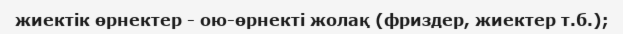
жиектік өрнектер - ою-өрнекті жолақ (фриздер, жиектер т.б.);